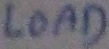
Text: LOAD